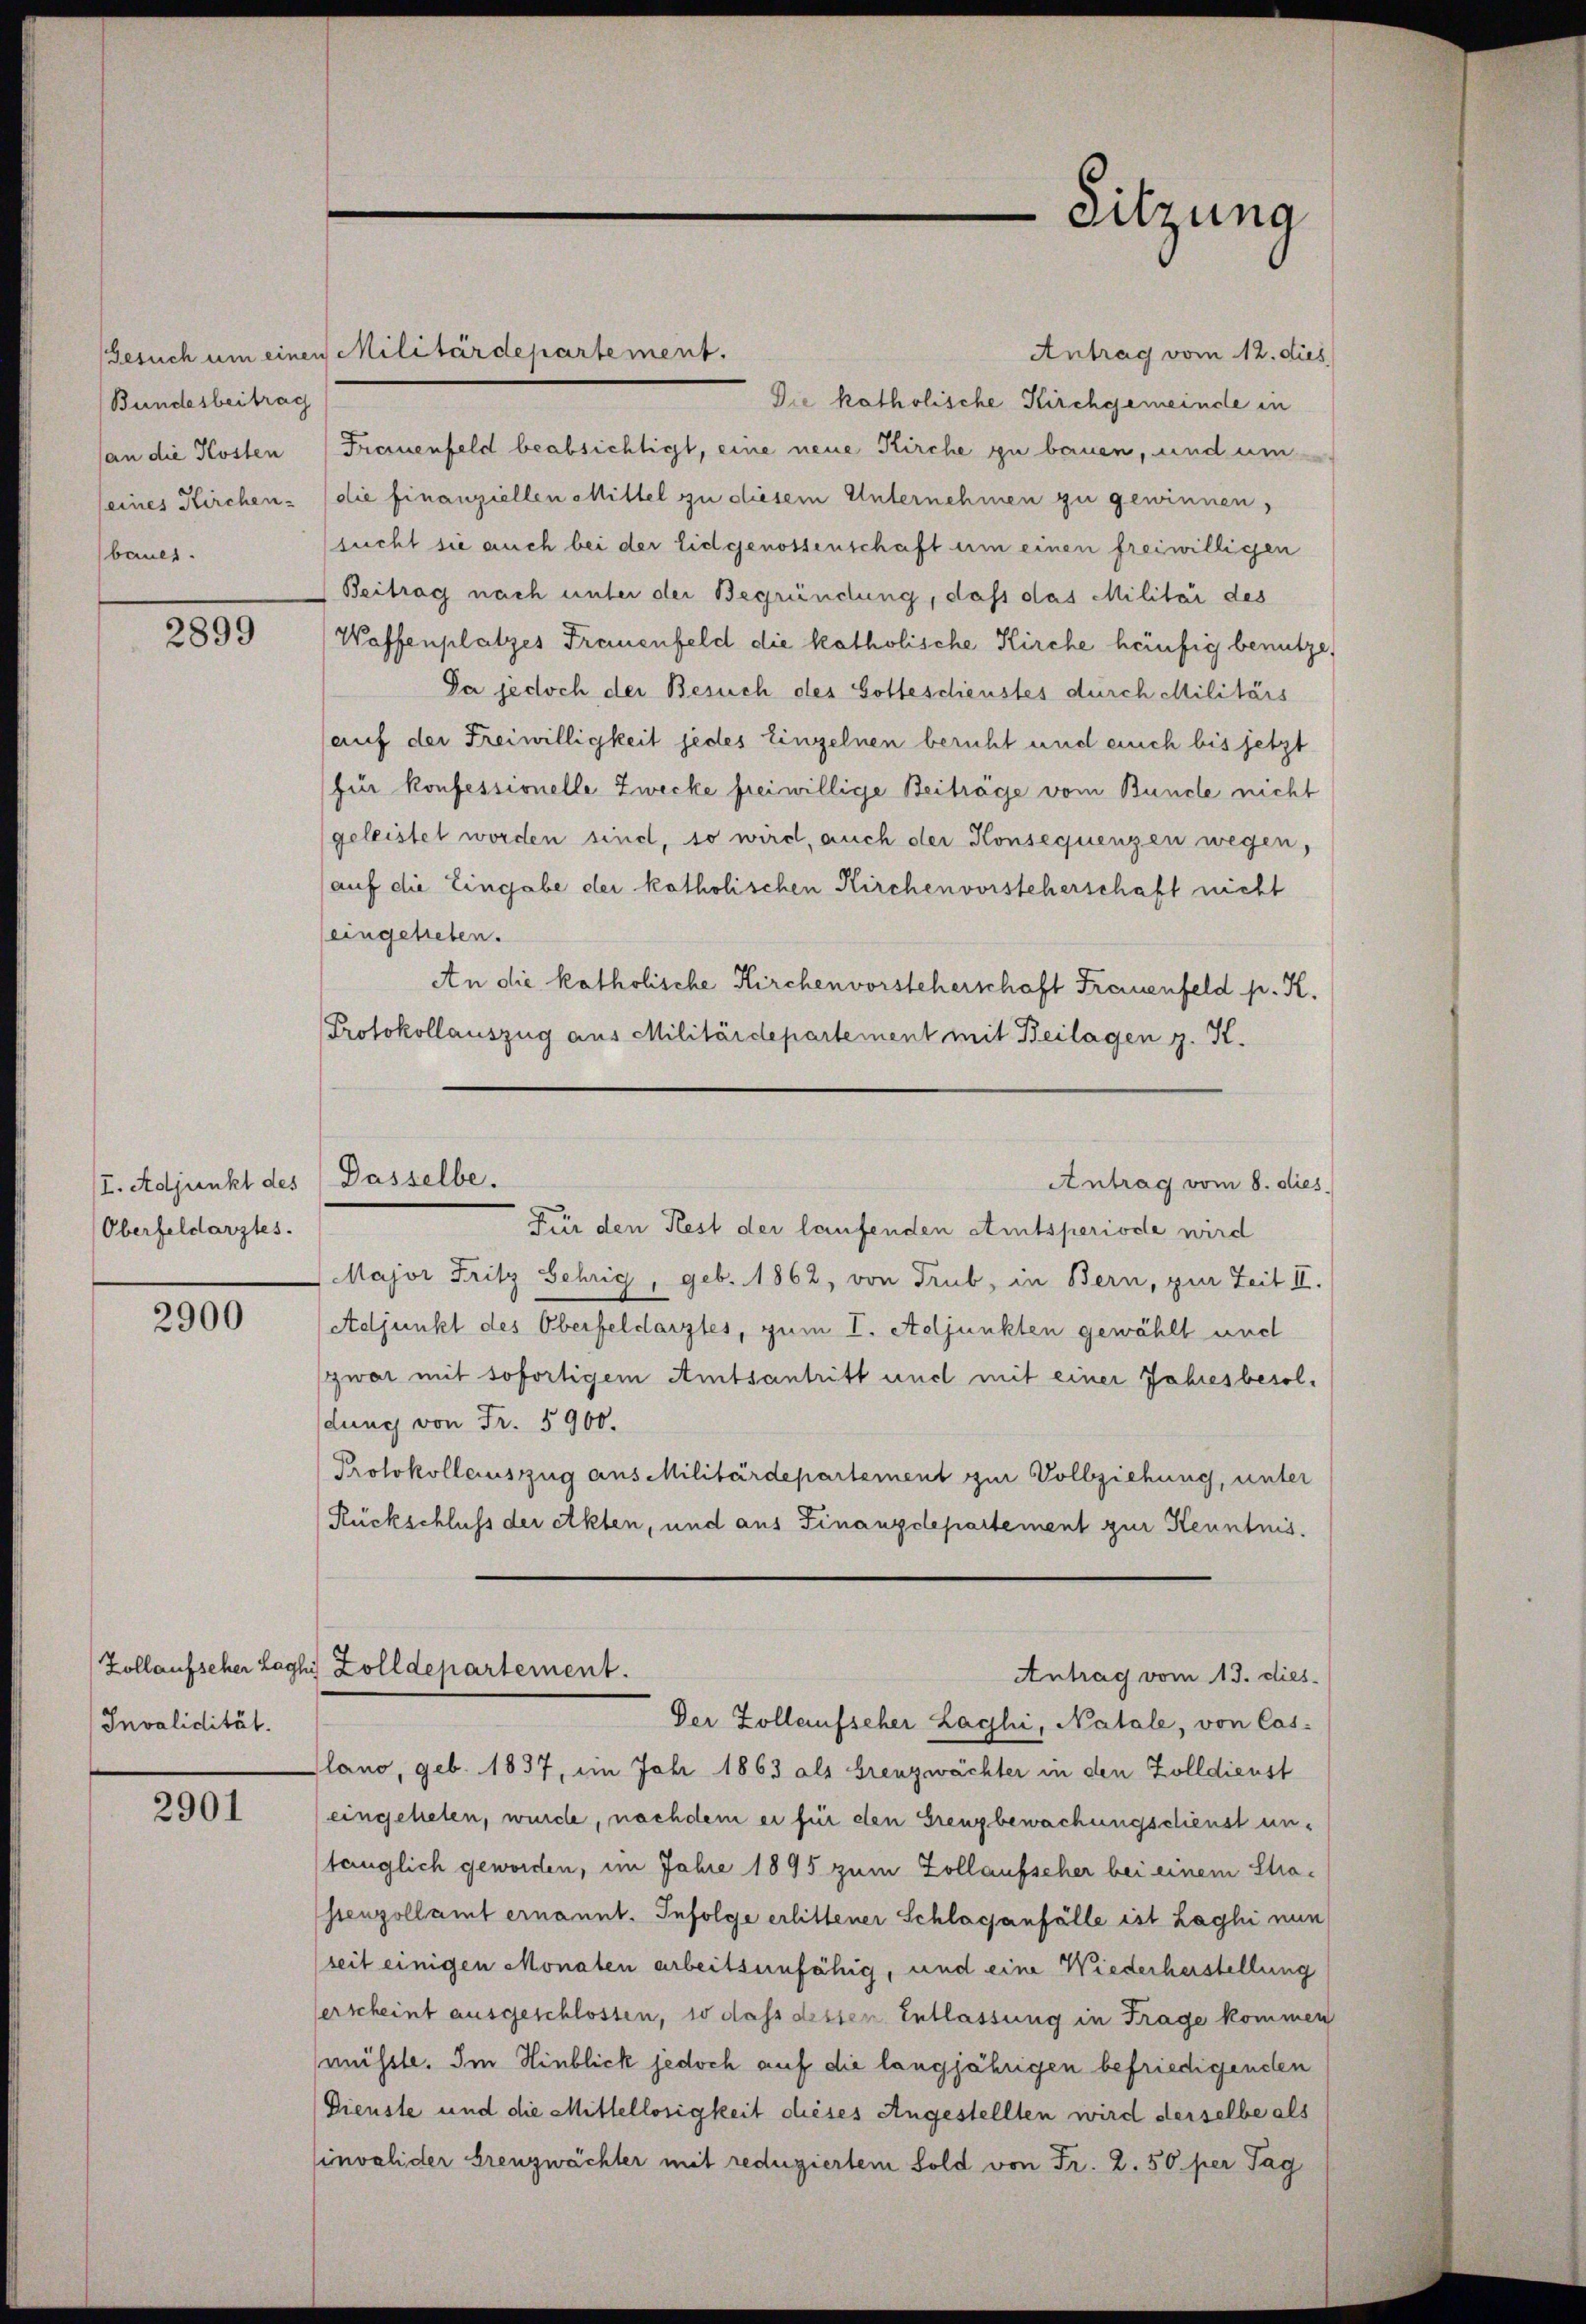
Bundesbeitrag
(an die Kosten
(eines Kirchen-
baues

2899

I. Adjunkt des
Oberfeldarztes.

2900

Invalidität.

2901

Gesuch um einen Militärdepartement.
Antrag vom 12. dies
Die katholische Kirchgemeinde in
Freiuenfeld beabsichtigt, eine neue Kirche zu bauen, und um
die finanziellen Mittel zu diesem Unternehmen zu gewinnen,
sucht sie auch bei der Eidgenossenschaft um einen freiwilligen
Beitrag nach unter der Begründung, daß das Militär des
Waffenplatzes Frauenfeld die katholische Kirche häufig benutze,
Da jedoch der Besuch des Gottesdienstes durch Militärs
auf der Freiwilligkeit jedes Einzelnen beruht und auch bis jetzt
für konfessionelle Zwecke freiwillige Beiträge vom Bunde nicht
geleistet worden sind, so wird, auch der Konsequenzen wegen,
(auf die Eingabe der katholischen Kirchenvorsteherschaft nicht
eingetreten.
An die katholische Kirchenvorsteherschaft Frauenfeld p. K.
Protokollauszug aus Militärdepartement mit Beilagen z. K.
Für den Rest der laufenden Amtsperiode wird
Major Fritz Gehrig, geb. 1862, von Trub, in Bern, zur Zeit II.
Adjunkt des Oberfeldarztes, zum I. Adjunkten gewählt und
zwar mit sofortigem Amtsantritt und mit einer Jahresbesoldung von Fr. 5900.
Protokollauszug aus Militärdepartement zur Vollziehung, unter
Rückschluß der Akten, und aus Finanzdepartement zur Kenntnis.
Zollaufscher Laghi Zolldepartement.
Antrag vom 13. dies
Der Zollaufseher Laghi, Natale, von Caslano, geb. 1837, im Jahr 1863 als Grenzwächter in den Zolldienst
eingeheten, wurde, nachdem er für den Grenzbewachungsdienst untänglich geworden, im Jahre 1895 zum Zollaufscher bei einem Strahenzollamt ernannt. Infolge erlittener Schlaganfälle ist Laghi nun
(seit einigen Monaten arbeitsunfähig, und eine Wiederherstellung
erscheint ausgeschlossen, so dass dessen Entlassung in Frage kommen
müsste. Im Hinblick jedoch auf die langjährigen befriedigenden
Dienste und die Mittellosigkeit dieses Angestellten wird derselbe als
invalider Greuzwächter mit reduziertem Sold von Fr. 2. 50 per Tag

Sitzung

Dasselbe.
Antrag vom 8. dies